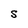
Character: S